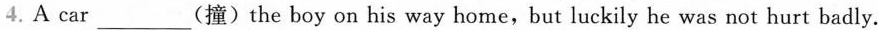
4. A car___(撞) the boy on his way home,but luckily he was not hurt badly.